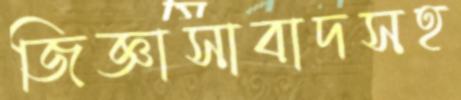
জিজ্ঞাসাবাদসহ